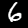
Label: 6